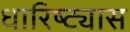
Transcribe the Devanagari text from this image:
धारिष्ट्यास